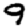
Digit: 9